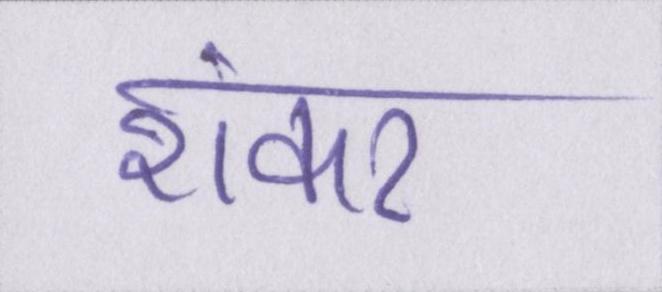
शंकर